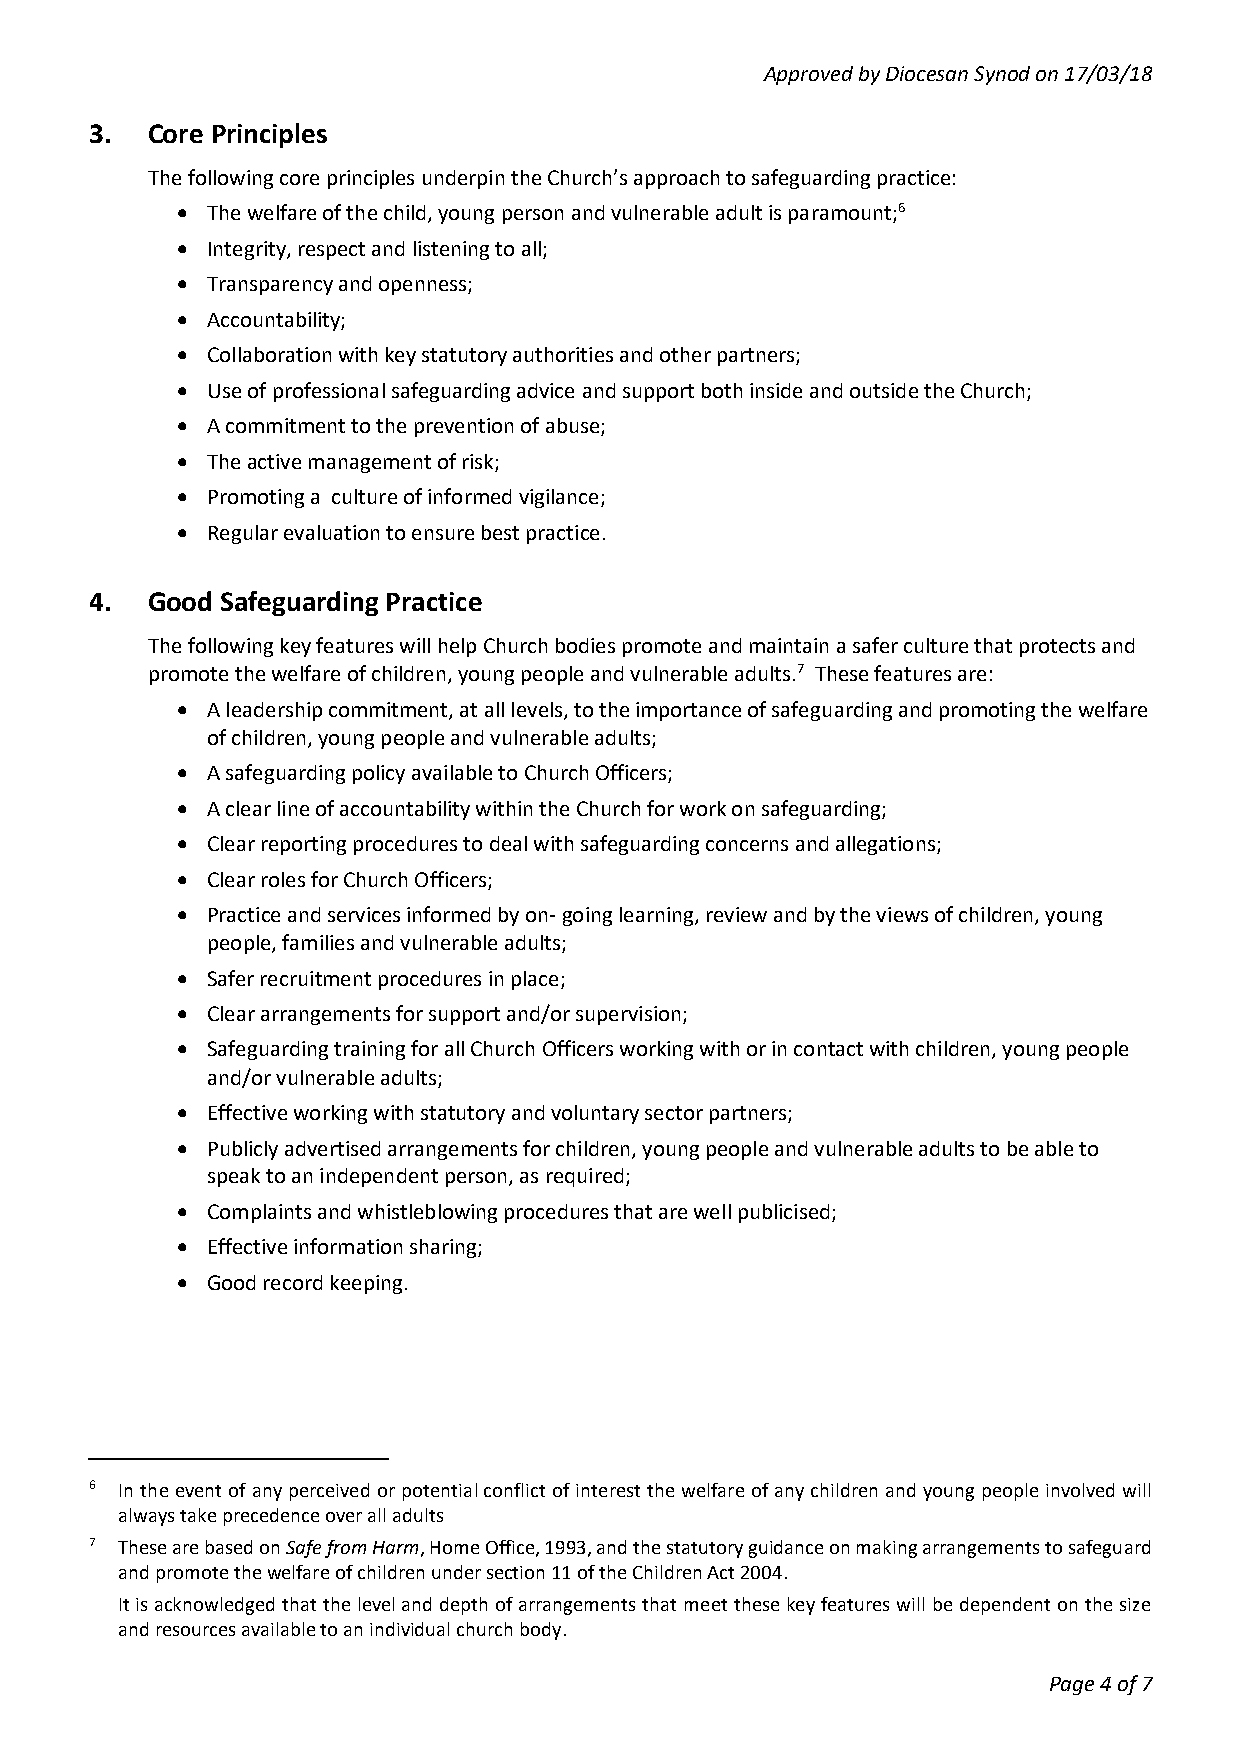
Approved by Diocesan Synod on 17/03/18
 3.  Core Principles
 The following core principles underpin the Church’s approach to safeguarding practice:
  The welfare of the child, young person and vulnerable adult is paramount;6
  Integrity, respect and listening to all;
  Transparency and openness;
  Accountability;
  Collaboration with key statutory authorities and other partners;
  Use of professional safeguarding advice and support both inside and outside the Church;
  A commitment to the prevention of abuse;
  The active management of risk;
  Promoting a culture of informed vigilance;
  Regular evaluation to ensure best practice.
 4.  Good Safeguarding Practice
 The following key features will help Church bodies promote and maintain a safer culture that protects and
 promote the welfare of children, young people and vulnerable adults.7 These features are:
  A leadership commitment, at all levels, to the importance of safeguarding and promoting the welfare
 of children, young people and vulnerable adults;
  A safeguarding policy available to Church Officers;
  A clear line of accountability within the Church for work on safeguarding;
  Clear reporting procedures to deal with safeguarding concerns and allegations;
  Clear roles for Church Officers;
  Practice and services informed by on- going learning, review and by the views of children, young
 people, families and vulnerable adults;
  Safer recruitment procedures in place;
  Clear arrangements for support and/or supervision;
  Safeguarding training for all Church Officers working with or in contact with children, young people
 and/or vulnerable adults;
  Effective working with statutory and voluntary sector partners;
  Publicly advertised arrangements for children, young people and vulnerable adults to be able to
 speak to an independent person, as required;
  Complaints and whistleblowing procedures that are well publicised;
  Effective information sharing;
  Good record keeping.
 6 In the event of any perceived or potential conflict of interest the welfare of any children and young people involved will
 always take precedence over all adults
 7 These are based on Safe from Harm, Home Office, 1993, and the statutory guidance on making arrangements to safeguard
 and promote the welfare of children under section 11 of the Children Act 2004.
 It is acknowledged that the level and depth of arrangements that meet these key features will be dependent on the size
 and resources available to an individual church body.
 Page 4 of 7